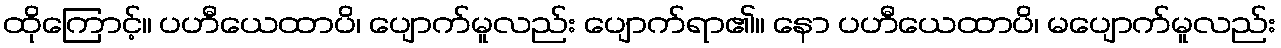
ထိုကြောင့်။ ပဟီယေထာပိ၊ ပျောက်မူလည်း ပျောက်ရာ၏။ နော ပဟီယေထာပိ၊ မပျောက်မူလည်း